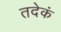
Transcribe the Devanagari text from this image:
तदेकं